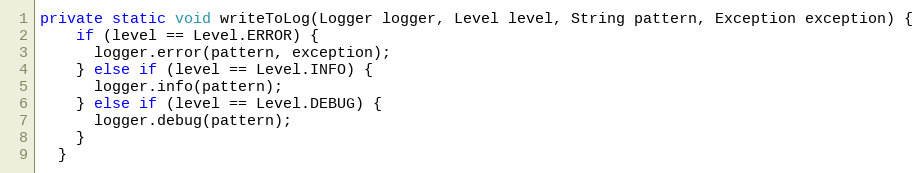
Language: Java
private static void writeToLog(Logger logger, Level level, String pattern, Exception exception) {
    if (level == Level.ERROR) {
      logger.error(pattern, exception);
    } else if (level == Level.INFO) {
      logger.info(pattern);
    } else if (level == Level.DEBUG) {
      logger.debug(pattern);
    }
  }